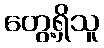
တွေ့ရှိသူ